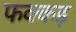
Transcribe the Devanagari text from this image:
फक्‍कड़